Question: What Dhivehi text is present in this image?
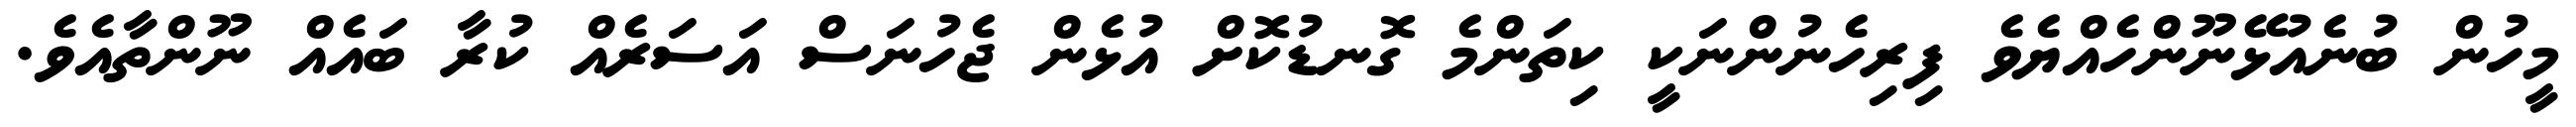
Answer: މީހުން ބުނެއުޅޭނޫންހެއްޔެވެ ފިރިހެނުންނަކީ ކިތަންމެ ގޮނޑުކޮށް އުޅެން ޖެހުނަސް އަސަރެއް ކުރާ ބައެއް ނޫންތާއެވެ.